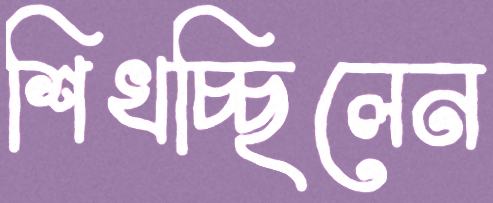
শিখচ্ছিলেন